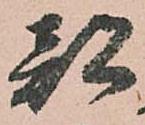
都